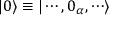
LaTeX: | 0 \rangle \equiv | \cdots , 0 _ { \alpha } , \cdots \rangle